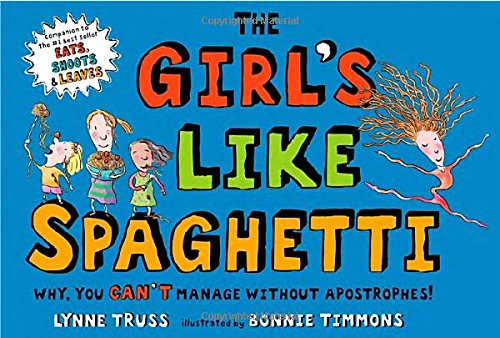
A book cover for The Girl's Like Spaghetti: Why, You Can't Manage without Apostrophes!; Lynne Truss; Children's Books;